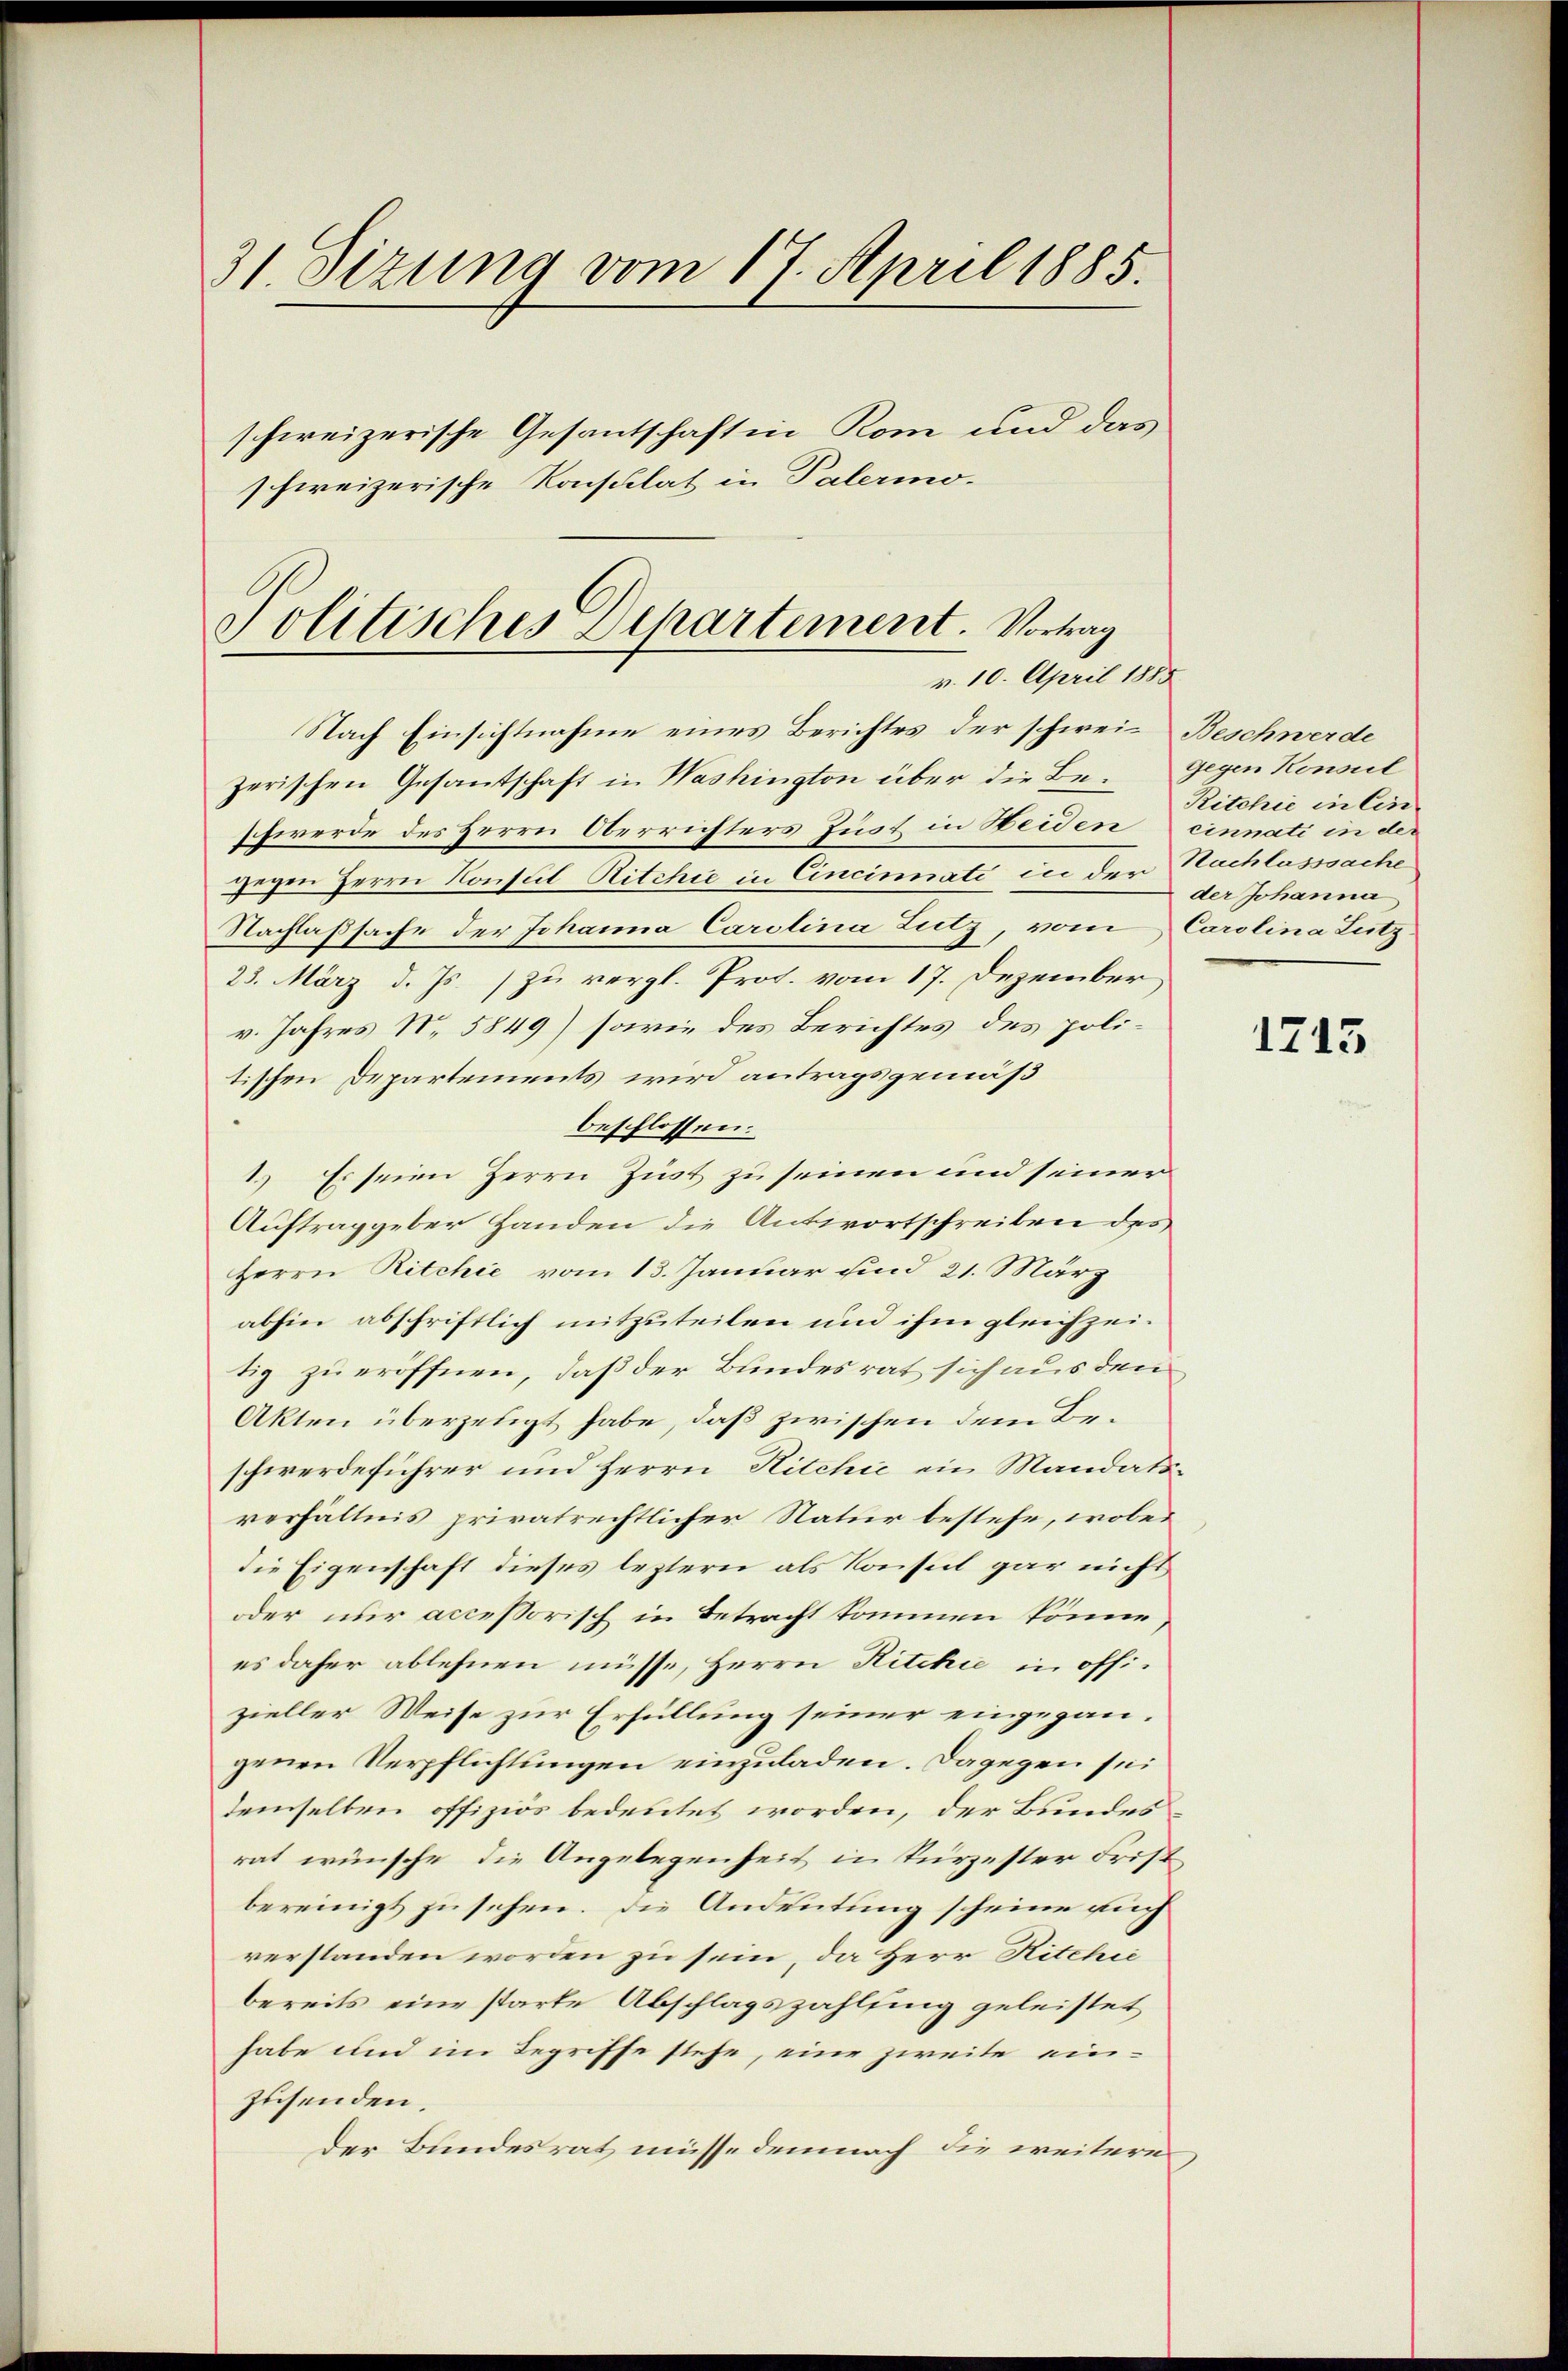
31. Sizung vom 17. April 1885.
schweizerische Gesantschaft in Rom und das
schweizerische Konsulat in Palermo¬

Politisches Departement. Vortrag
v. 10. April 1855

Nach Einsichtnahme eines Berichtes der schwei- Beschwerde
zerischen Gesantschaft in Washington über die Be- Gegen Konseit
schwerde des Herrn Oberrichters Just in Heiden einnati in der
zigen Herrn Konsul Ritchie in Cincinati in der Nachlasssache
Nachlaßsache der Johanna Carolina Lutz, vom Carolina Lutz
23. März d. Js. zu vergl. Prof. vom 17. Dezember
v. Jahres N. 5849) sowie des Berichtes des politischen Departements wird antragsgemäß
beschlossen:
1.) Es seien Herrn Zust zu seinen und seiner
Auftraggeber Handen die Antwortschreiben des
Herrn Ritchie vom 13. Januar sind 21. März
abhin abschriftlich mitzuteilen und ihm gleichzeitig zu eröffnen, daß der Bundesrat sich aus den
Akten überzeugt habe, daß zwischen dem Beschwerdeführer und Herrn Ritchić ein Mandatsverhältnis privatrechtlicher Natur bestehe, wobei
die Eigenschaft dieses leztern als Konseil gar nicht
oder nur accessorisch in Betracht kommen könne,
es daher ablehnen müsse, Herrn Ritchie in offizieller Weise zur Erfüllung seiner eingegangenen Verpflichtungen einzuladen. Dagegen sei
demselben offiziös bedeutet worden, der Bundesrat wünsche, die Angelegenheit in kürzester Frist
bereinigt zu sehen. Die Andeutung scheine auch
verstanden worden zu sein, da Herr Ritchie
bereits eine starte Abschlagszahlung geleistet
habe und im Begriffe stehe, eine zweite einzusenden.
der Bundesrat müsse demnach die weitere

Ritchić in Einder Johanna

1745